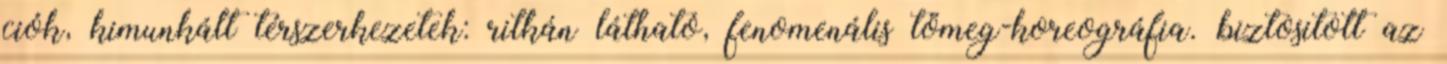
ciók, kimunkált térszerkezetek: ritkán látható, fenomenális tömeg-koreográfia. biztositott az